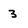
Character: 3